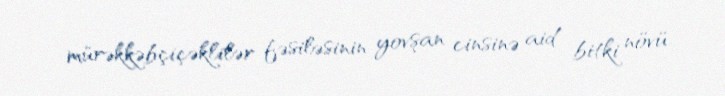
mürəkkəbçiçəklilər fəsiləsinin yovşan cinsinə aid bitki növü.